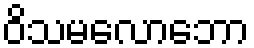
ဝိသမလောဘော